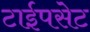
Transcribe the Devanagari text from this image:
टाईपसेट